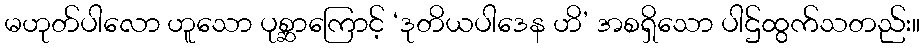
မဟုတ်ပါလော ဟူသော ပုစ္ဆာကြောင့် ‘ဒုတိယပါဒေန ဟိ’ အစရှိသော ပါဌ်ထွက်သတည်း။